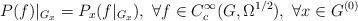
\begin{align*} P(f)|_{G_x} = P_x(f|_{G_x}), \ \forall f\in C^\infty_c(G,\Omega^{1/2}), \ \forall x\in G^{(0)}\end{align*}